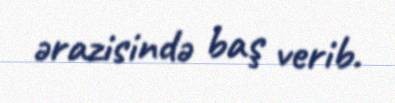
ərazisində baş verib.